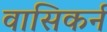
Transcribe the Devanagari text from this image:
वासिकर्न